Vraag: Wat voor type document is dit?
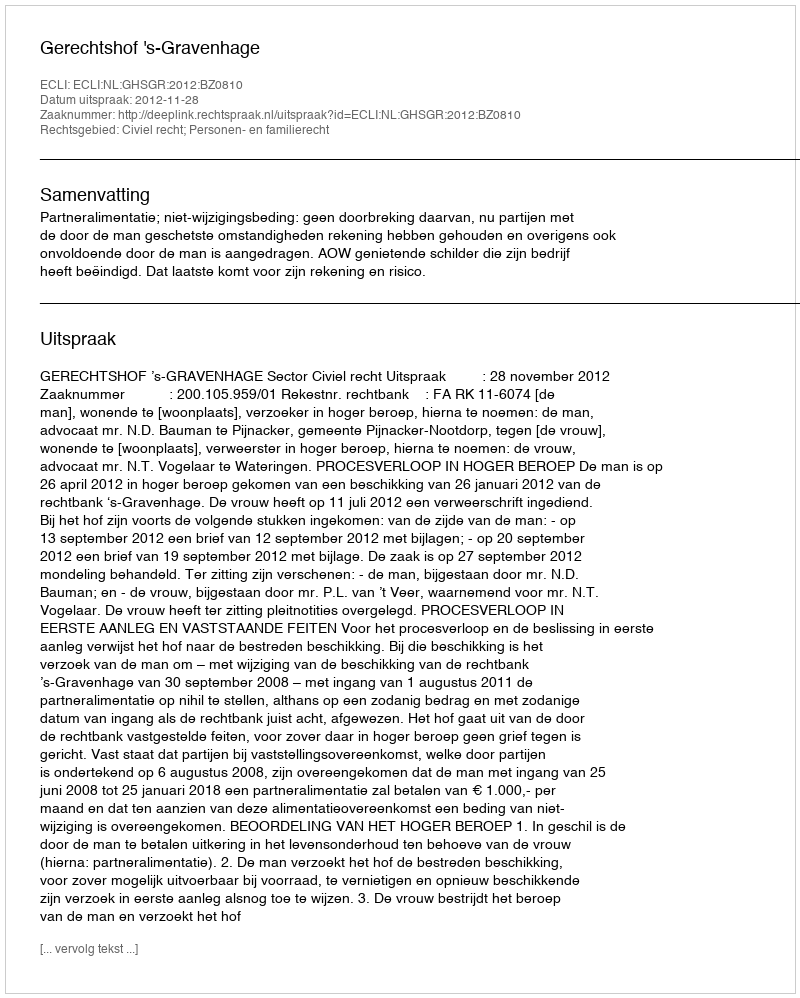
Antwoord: Uitspraak